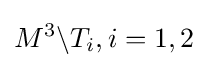
M^{3}\backslash T_{i},i=1,2